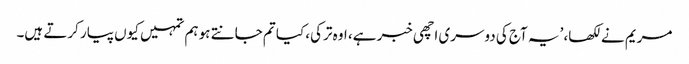
مریم نے لکھا، ’یہ آج کی دوسری اچھی خبر ہے، اوہ ترکی، کیا تم جانتے ہو ہم تمہیں کیوں پیار کرتے ہیں۔